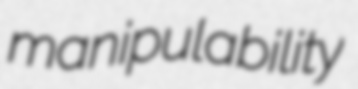
manipulability